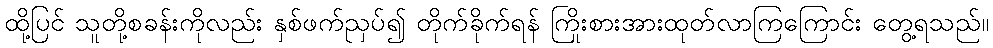
ထို့ပြင် သူတို့စခန်းကိုလည်း နှစ်ဖက်ညှပ်၍ တိုက်ခိုက်ရန် ကြိုးစားအားထုတ်လာကြကြောင်း တွေ့ရသည်။